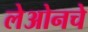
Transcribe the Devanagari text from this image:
लेओनचे